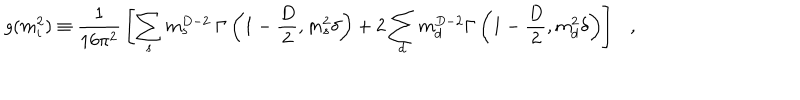
g ( m _ { i } ^ { 2 } ) \equiv { \frac { 1 } { 1 6 \pi ^ { 2 } } } \left[ \sum _ { s } m _ { s } ^ { D - 2 } { } ~ \Gamma \left( 1 - \frac D 2 , m _ { s } ^ { 2 } \delta \right) + 2 \sum _ { d } m _ { d } ^ { D - 2 } \Gamma \left( 1 - \frac D 2 , m _ { d } ^ { 2 } \delta \right) \right] ,